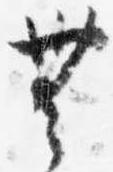
無